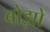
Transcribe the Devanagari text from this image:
बोझो